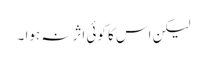
لیکن اس کا کوئی اثر نہ ہوا ۔